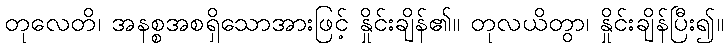
တုလေတိ၊ အနစ္စအစရှိသောအားဖြင့် နှိုင်းချိန်၏။ တုလယိတွာ၊ နှိုင်းချိန်ပြီး၍။